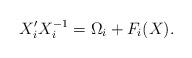
LaTeX: \begin{align*} X_i' X_i^{-1} = \Omega_i + F_i(X).\end{align*}